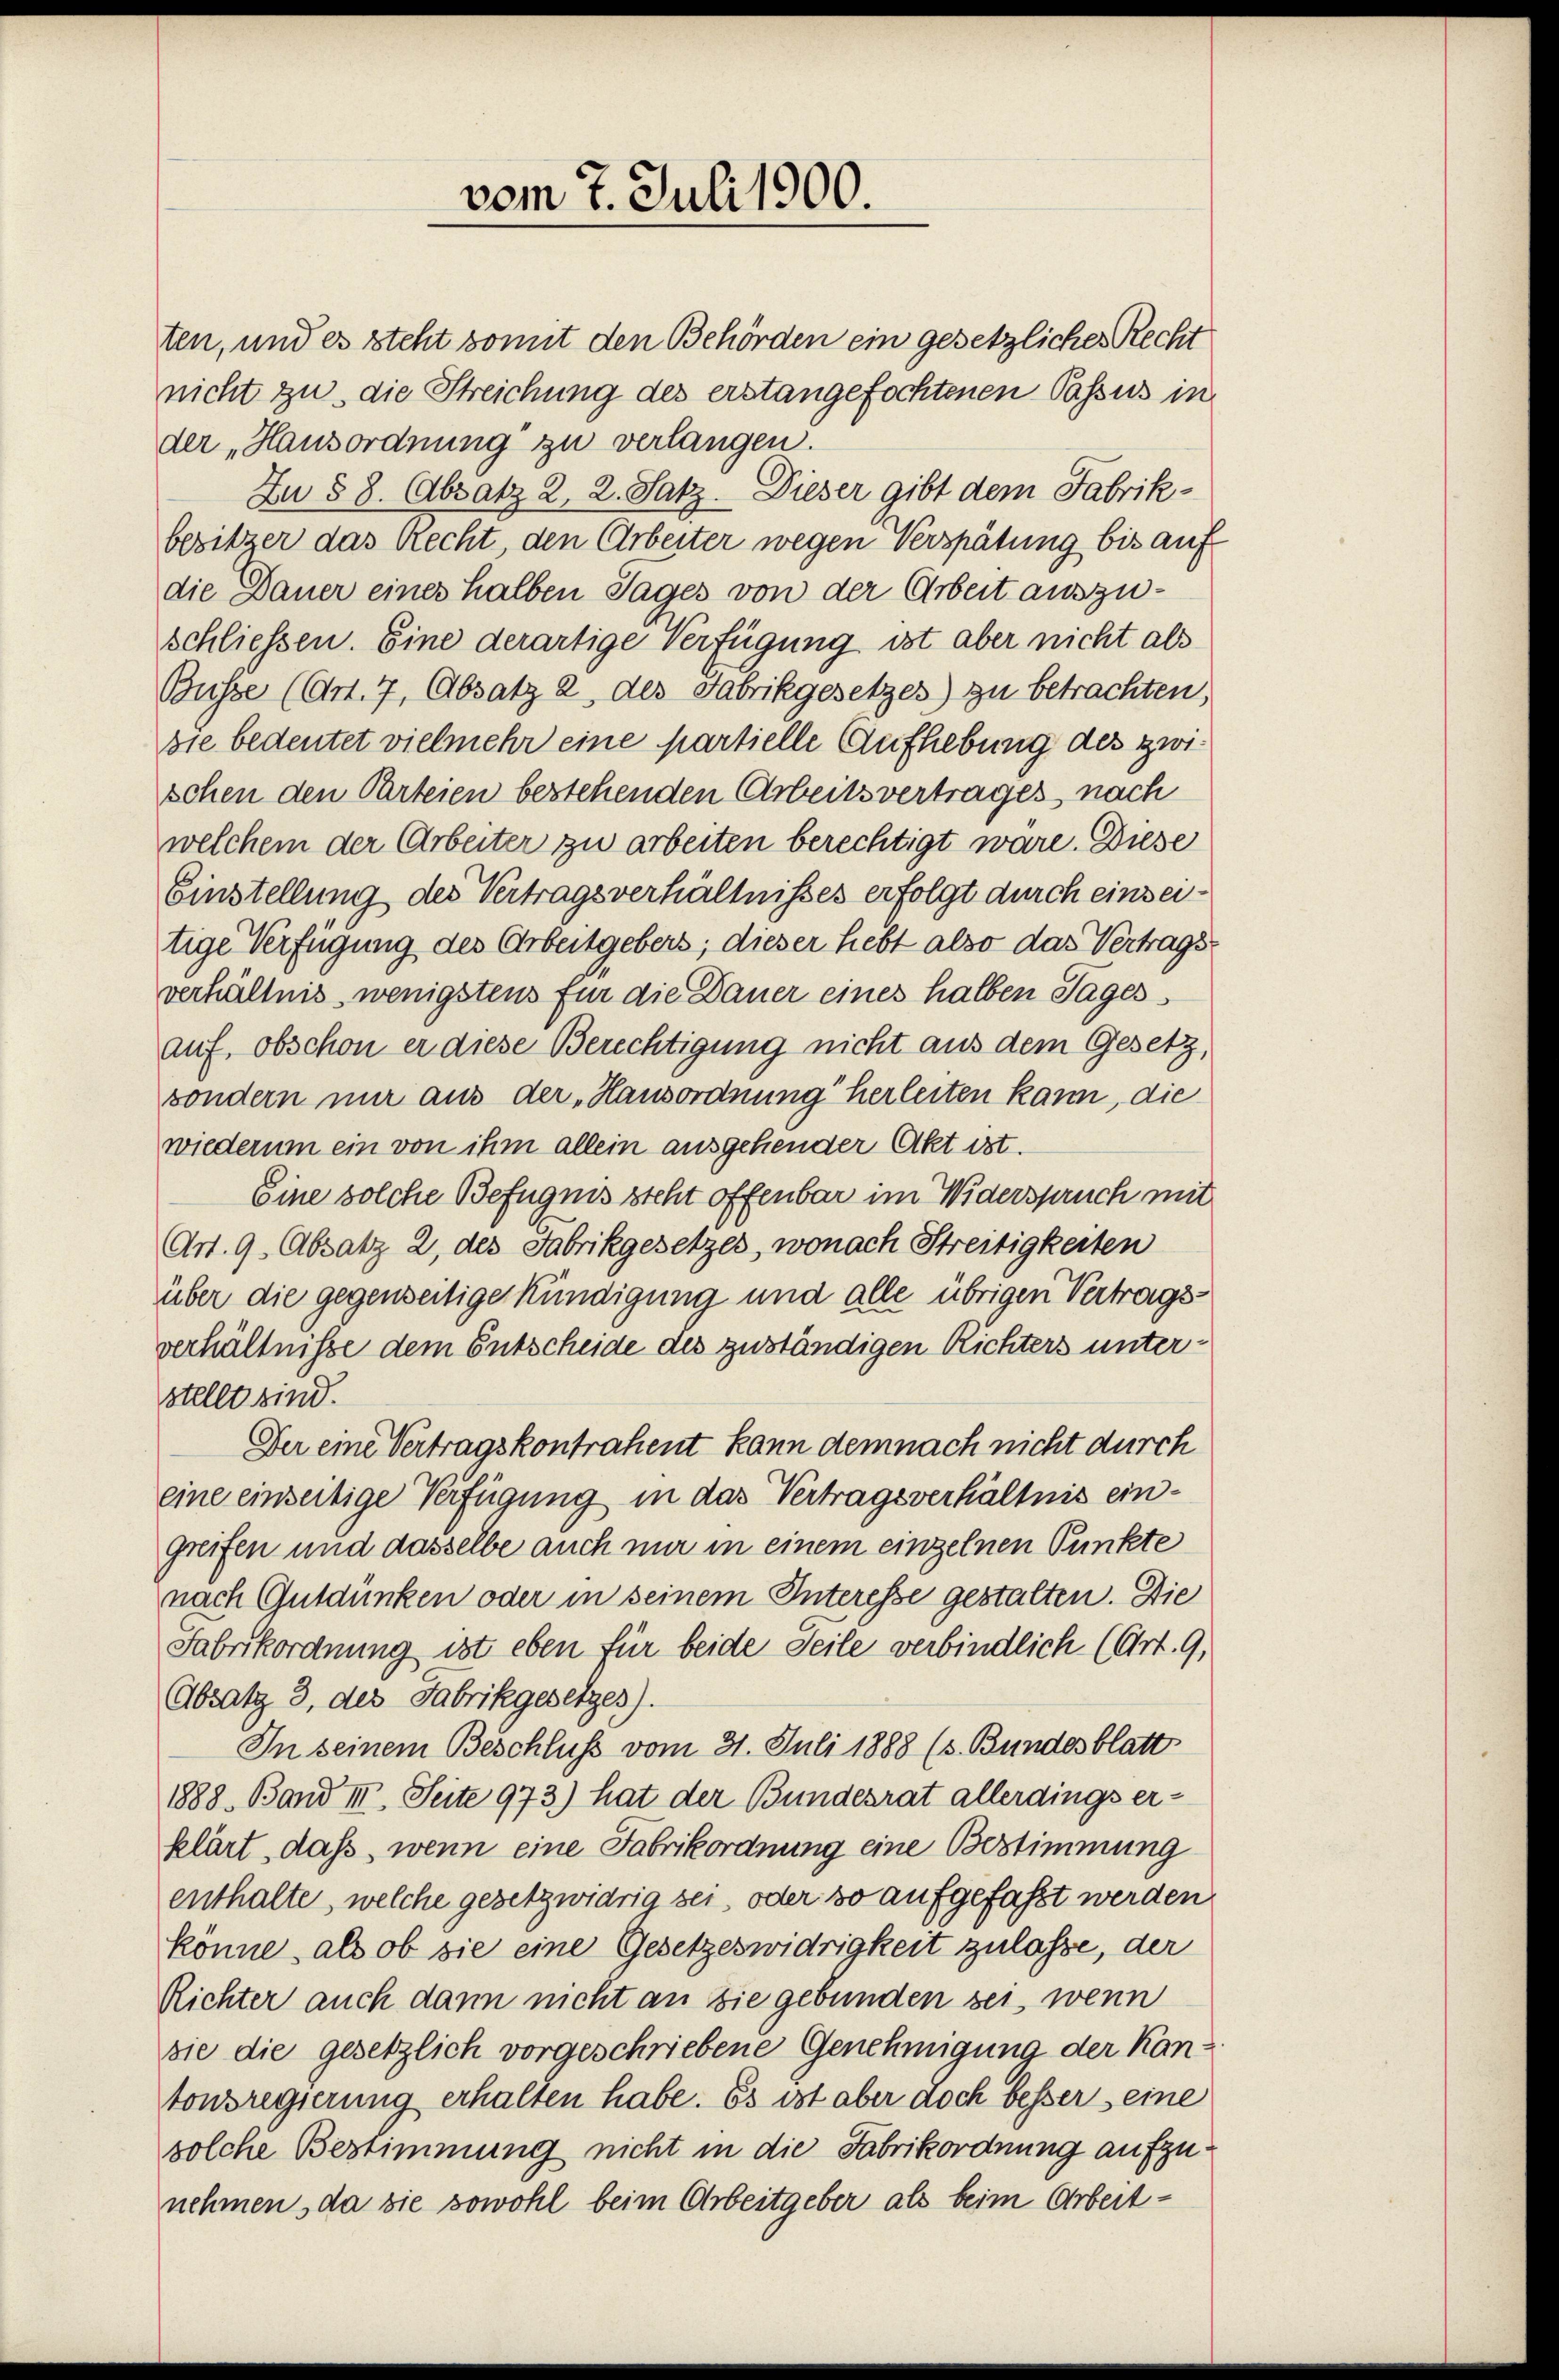
vom 7. Juli 1900.

ten, und es steht somit den Behörden ein gesetzlicher Recht
nicht zu, die Streichung des erstangefochtenen Passus in
der „Hausordnung zu verlangen.
Zu 88. (Absatz 2, 2. Satz. Dieser gibt dem Fabrikbesitzer das Recht, den Arbeiter wegen Verspätung bis auf
die Dauer eines halben Tages von der Arbeit auszuschliessen. Eine derartige Verfügung ist aber nicht als
Busse (Art. 7, Absatz 2 des Fabrikgesetzes) zu betrachten,
sie bedeutet vielmehr eine partielle Aufhebung des zwischen den Parteien bestehenden Arbeitsvertrages, nach
welchem der Arbeiter zu arbeiten berechtigt wäre. Diese
Einstellung des Vertragsverhältnisses erfolgt durch einseitige Verfügung des Arbeitgebers; dieser hebt also das Vertragsverhältnis, wenigstens für die Dauer eines halben Tages
auf, obschon er diese Berechtigung nicht aus dem Gesetz,
sondern nur aus der „Hausordnung herleiten kann, die
wiederum ein von ihm allein ausgehender Akt ist.
Eine solche Befugnis steht offenbar im Widerspruch mit
Art. 9. Absatz 2, des Fabrikgesetzes, wonach Streitigkeiten
über die gegenseitiger Kündigung und alle übrigen Vertragsverhältnisse dem Entscheide des zuständigen Richters unterstellt sind.
Der eine Vertragskontrahent kann demnach nicht durch
eine einseitige Verfügung in das Vertragsverhältnis eingreifen und dasselbe auch nur in einem einzelnen Punkte
nach Gutdünken oder in seinem Interesse gestalten. Die
Fabrikordnung ist eben für beide Seile verbindlich (Art. 9,
Absatz 3, des Fabrikgesetzes).
In seinem Beschluss vom 31. Juli 1888 (s. Bundesblatt
1888. Band III. Seite 973) hat der Bundesrat allerdings erklärt, daß, wenn eine Fabrikordnung eine Bestimmung
enthalte, welche gesetzwidrig sei, oder so aufgefaßt werden
könne, als ob sie eine Gesetzeswidrigkeit zulasse, der
Richter auch dann nicht an sie gebunden sei, wenn
sie die gesetzlich vorgeschriebene Genehmigung der Kantonsregierung erhalten habe. Es ist aber noch besser eine
solche Bestimmung nicht in die Fabrikordnung aufzunehmen, da sie sowohl beim Arbeitgeber als beim Arbeit¬